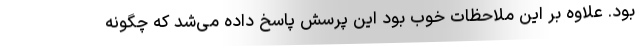
بود. علاوه بر این ملاحظات خوب بود این پرسش پاسخ داده می‌شد که چگونه